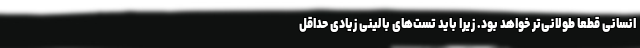
انسانی قطعا طولانی‌تر خواهد بود. زیرا باید تست‌های بالینی زیادی حداقل